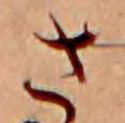
さ